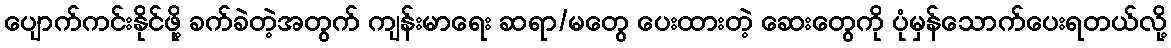
ပျောက်ကင်းနိုင်ဖို့ ခက်ခဲတဲ့အတွက် ကျန်းမာရေး ဆရာ/မတွေ ပေးထားတဲ့ ဆေးတွေကို ပုံမှန်သောက်ပေးရတယ်လို့